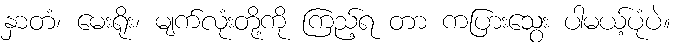
နှာတံ၊ မေးရိုး၊ မျက်လုံးတို့ကို ကြည့်ရ တာ ကပြားသွေး ပါမယ့်ပုံပဲ။